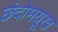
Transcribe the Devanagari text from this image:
छंदोमयूख